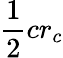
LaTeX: {\frac{1}{2}}cr_{c}